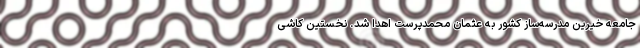
جامعه خیرین مدرسه‌ساز کشور به عثمان محمدپرست اهدا شد. نخستین کاشی